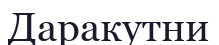
Даракутни